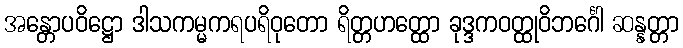
အန္တောပဝိဋ္ဌော ဒါသကမ္မကရပရိဝုတော ရိတ္တဟတ္ထော ခုဒ္ဒကဝတ္ထုဝိဘင်္ဂေါ ဆန္နတ္တာ